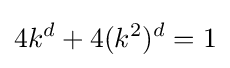
4k^{d}+4(k^{2})^{d}=1